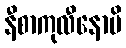
နီစာကုလီနောပိ